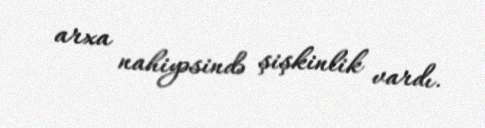
arxa nahiyəsində şişkinlik vardı.